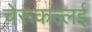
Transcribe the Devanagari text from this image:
चेरूकल्लई